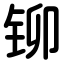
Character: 铆